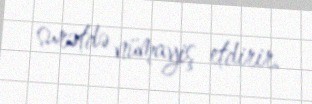
surətdə nümayiş etdirir.